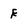
Character: E